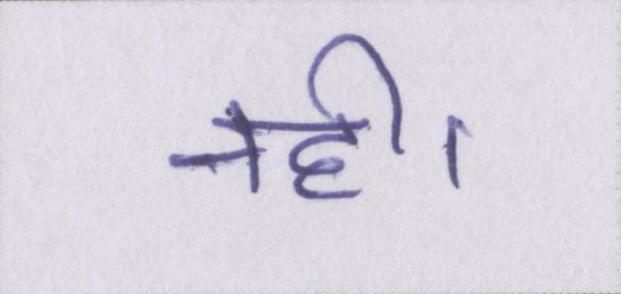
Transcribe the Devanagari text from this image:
नही।